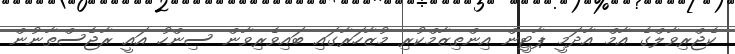
ކެޖްރިވާލްގެ އާމް އާދަމީ ޕާޓީން އިންތިޒާމްކުރި މުޒާހަރާގައި ބައިވެރިވާން ސިންހު އައީ ރާޖެސްތާނުން